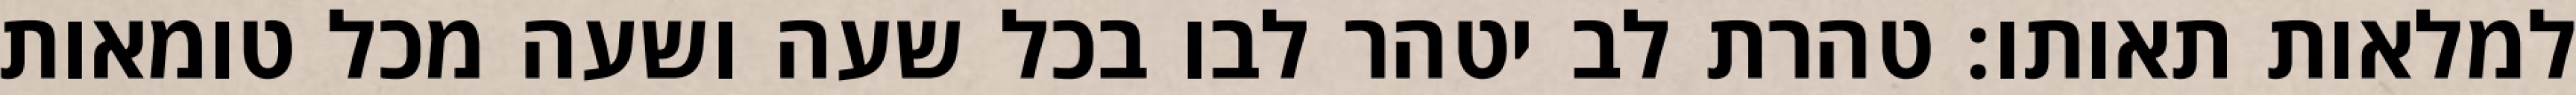
למלאות תאותו: טהרת לב יטהר לבו בכל שעה ושעה מכל טומאות